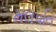
મલપતિ